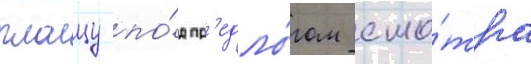
плацу по́д пр'едло́гом смо́тра